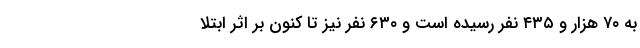
به ۷۰ هزار و ۴۳۵ نفر رسیده است و ۶۳۰ نفر نیز تا کنون بر اثر ابتلا